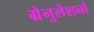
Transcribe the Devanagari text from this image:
ग्रेनुलेशनों